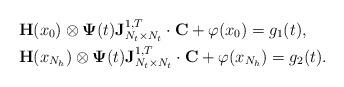
LaTeX: \begin{align*}&\textbf{H}(x_0)\otimes\mathbf{\Psi}(t)\textbf{J}^{1,T}_{N_t\times N_t}\cdot\textbf{C}+\varphi(x_0)=g_1(t),\\&\textbf{H}(x_{N_h})\otimes\mathbf{\Psi}(t)\textbf{J}^{1,T}_{N_t\times N_t}\cdot\textbf{C}+\varphi(x_{N_h})=g_2(t).\end{align*}